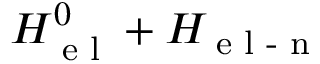
H ^ { 0 } \sb { \textnormal { e l } } + H \sb { \textnormal { e l - n } }